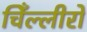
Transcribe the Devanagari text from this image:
चिँल्लीरो